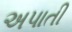
અપાતી